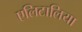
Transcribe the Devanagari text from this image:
एलिटालिया